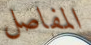
المفاصل